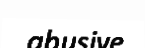
abusive